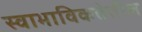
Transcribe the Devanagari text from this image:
स्वाभाविकतेतील